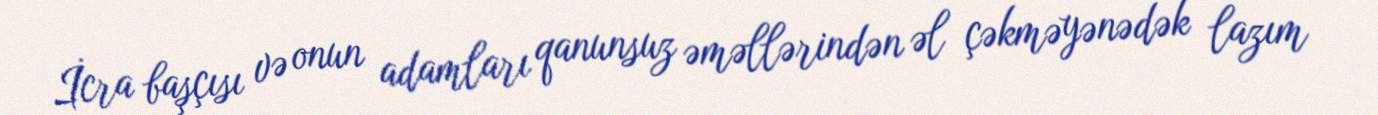
İcra başçısı və onun adamları qanunsuz əməllərindən əl çəkməyənədək lazım